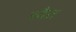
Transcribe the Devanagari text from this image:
व्दैत